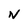
Character: N